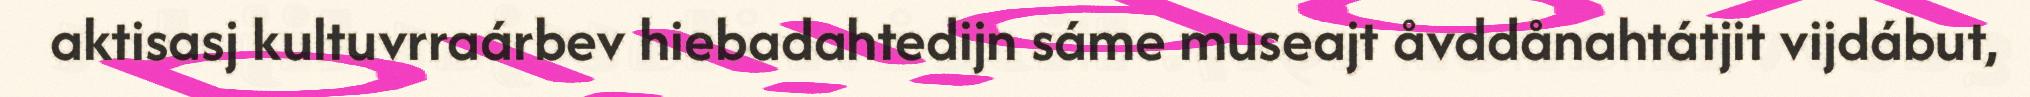
aktisasj kultuvrraárbev hiebadahtedijn sáme museajt åvddånahtátjit vijdábut,